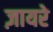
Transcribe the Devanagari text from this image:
ज़ायरे